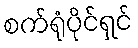
စက်ရုံပိုင်ရှင်